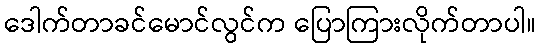
ဒေါက်တာခင်မောင်လွင်က ပြောကြားလိုက်တာပါ။